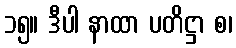
၁၅။ ဒီပါ နာထာ ပတိဋ္ဌာ စ၊